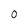
Character: 0